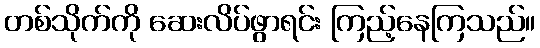
တစ်သိုက်ကို ဆေးလိပ်ဖွာရင်း ကြည့်နေကြသည်။